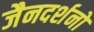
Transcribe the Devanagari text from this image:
जैनदर्शनों